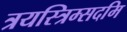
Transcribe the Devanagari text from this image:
त्रयस्त्रिम्सदमि